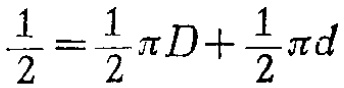
$\frac{1}{2}=\frac{1}{2}\pi D+\frac{1}{2}\pi d$